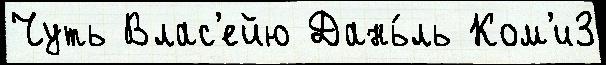
Чуть Влас'ейю Дань́ль Ком'и3